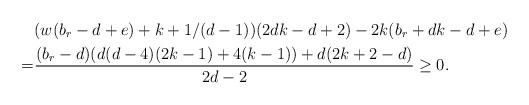
LaTeX: \begin{align*}& (w(b_r-d+e) + k+1/(d-1))(2dk-d+2)-2k(b_r+dk-d+e) \\= & \frac{(b_r-d)(d(d-4)(2k-1)+4(k-1)) + d(2k+2-d)}{2d-2} \ge0.\end{align*}